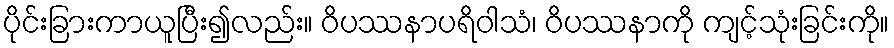
ပိုင်းခြားကာယူပြီး၍လည်း။ ဝိပဿနာပရိဝါသံ၊ ဝိပဿနာကို ကျင့်သုံးခြင်းကို။